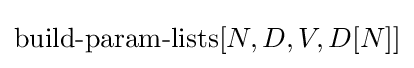
\operatorname {build-param-lists} [N,D,V,D[N]]